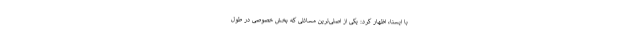
با ایسنا، اظهار کرد: یکی از اصلی‌ترین مسائلی که بخش خصوصی در طول